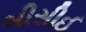
બીસીઈ